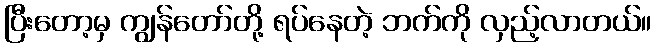
ပြီးတော့မှ ကျွန်တော်တို့ ရပ်နေတဲ့ ဘက်ကို လှည့်လာတယ်။